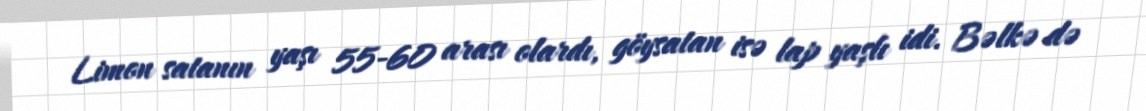
Limon satanın yaşı 55-60 arası olardı, göysatan isə lap yaşlı idi. Bəlkə də